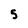
Character: 5